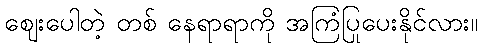
ဈေးပေါတဲ့ တစ် နေရာရာကို အကြံပြုပေးနိုင်လား။